Burma Government Medical School reports 1923-41
Year: 1923
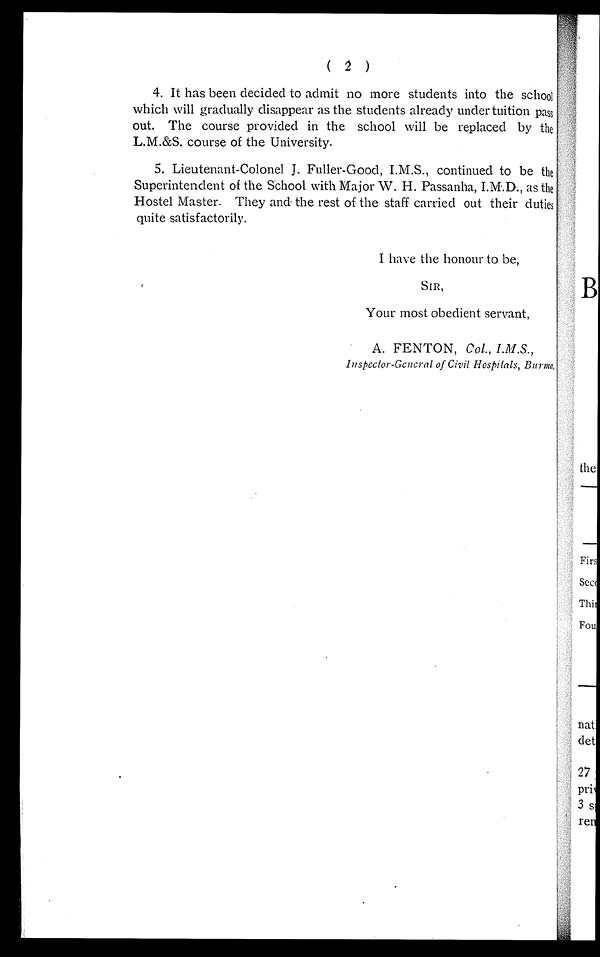
(2)
4. It has been decided to admit no more students into the school
which will gradually disappear as the students already under tuition pass
out. The course provided in the school will be replaced by the
L.M.&S. course of the University.
5. Lieutenant-Colonel J. Fuller-Good, I.M.S., continued to be the
Superintendent of the School with Major W. H. Passanha, I.M.D., as the
Hostel Master. They and the rest of the staff carried out their duties
quite satisfactorily.
I have the honour to be,
SIR,
Your most obedient servant,
A. FENTON, Col. , I. M. S. ,
inspector-General of Civil Hospitals, Burma,